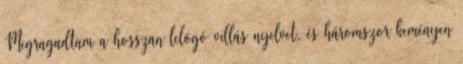
Megragadtam a hosszan lelógó villás nyelvet, és háromszor keményen